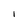
Character: I